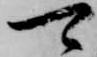
可